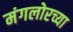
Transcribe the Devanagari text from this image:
मंगलोरच्या